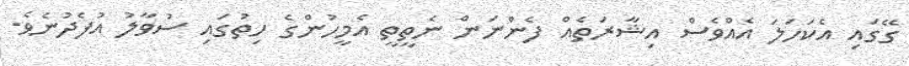
ގޭގައި އެކަހަލަ އެއްވެސް އިޝާރަތެއް ފެންނަން ނެތީތީ އެމީހުންގެ ހިތުގައި ސުވާލު އުފެދުނެވެ.